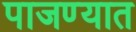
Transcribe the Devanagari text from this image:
पाजण्यात